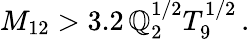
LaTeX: M_{12}>3.2\, \mathbb{Q}_{2}^{1/2}T_{9}^{1/2}\, .